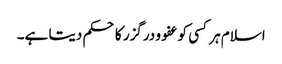
اسلام ہر کسی کو عفو و درگزر کا حکم دیتا ہے۔